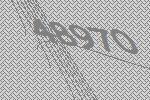
48970